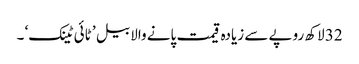
32 لاکھ روپے سے زیادہ قیمت پانے والا بیل ’ ٹائی ٹینک‘ ۔